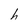
Character: h